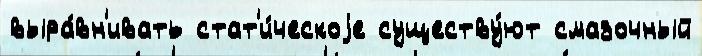
выра́вн'ивать стат'и́ческоjе существу́ют смазочный